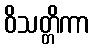
ဝိသတ္တိကာ